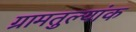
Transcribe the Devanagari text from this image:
ग्रामतुल्यांक